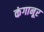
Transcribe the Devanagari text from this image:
कंगानूर